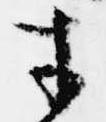
才